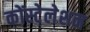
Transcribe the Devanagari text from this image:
कोंस्टेलेशन